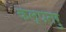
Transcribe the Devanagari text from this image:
कल्‍पतरु